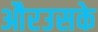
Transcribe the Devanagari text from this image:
औरउसके